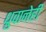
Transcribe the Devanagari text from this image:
ध्रुवानेही